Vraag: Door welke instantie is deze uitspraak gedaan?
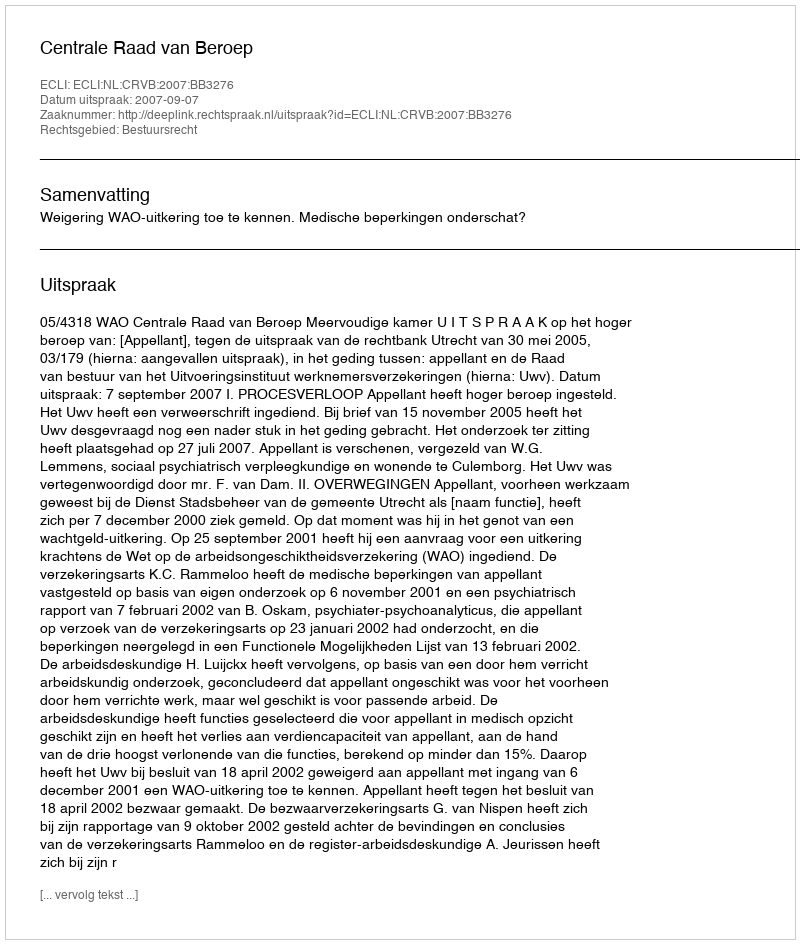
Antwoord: Centrale Raad van Beroep